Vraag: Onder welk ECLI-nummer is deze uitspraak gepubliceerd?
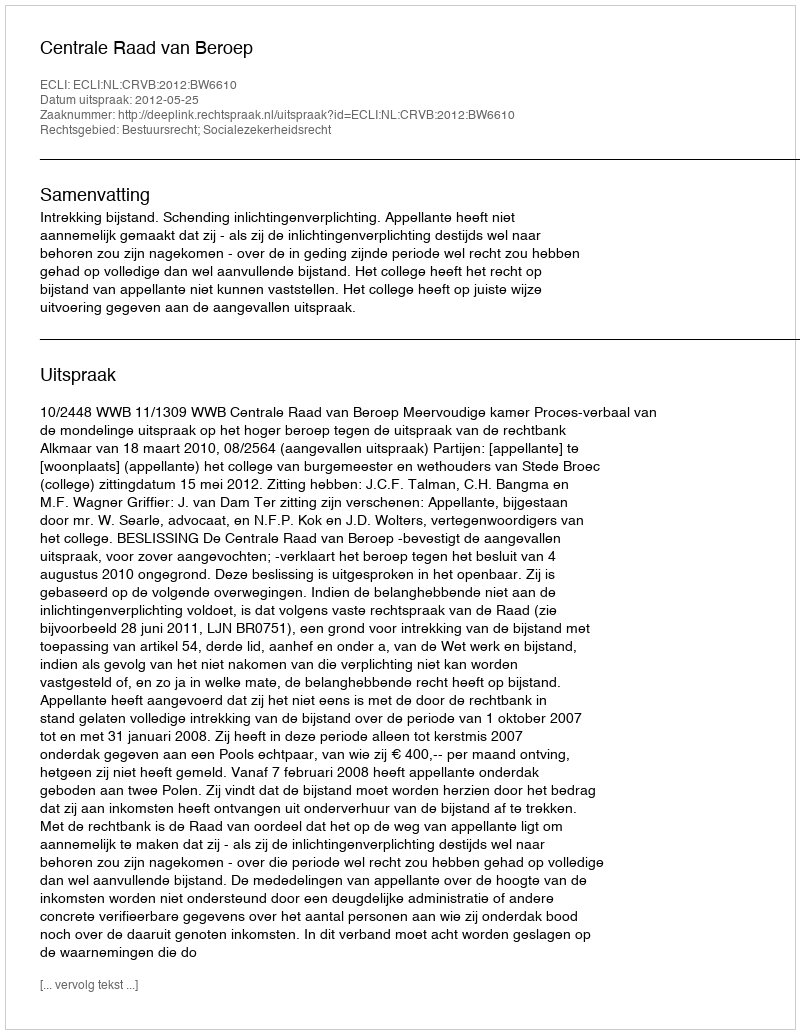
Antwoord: ECLI:NL:CRVB:2012:BW6610